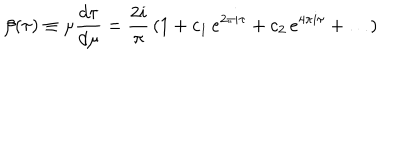
\beta ( \tau ) \equiv \mu { \frac { d \tau } { d \mu } } = { \frac { 2 i } { \pi } } \, ( 1 + c _ { 1 } \, e ^ { 2 \pi i \tau } + c _ { 2 } \, e ^ { 4 \pi i \tau } + \ldots )